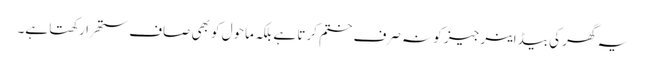
یہ گھر کی بیڈ اینرجیز کو نہ صرف ختم کرتا ہے بلکہ ماحول کو بھی صاف ستھرا رکھتا ہے۔